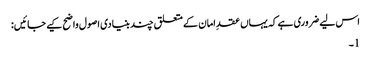
اس لیے ضروری ہے کہ یہاں عقدِ امان کے متعلق چند بنیادی اصول واضح کیے جائیں:
1۔